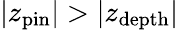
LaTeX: \vert z_{\mathrm{pin}}\vert>\vert z_{\mathrm{depth}}\vert